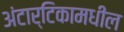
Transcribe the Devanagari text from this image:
अंटार्टिकामधील